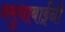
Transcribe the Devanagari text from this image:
वसुधाबाईंनी